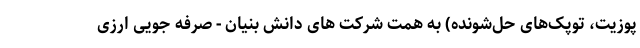
پوزیت، توپک‌های حل‌شونده) به همت شرکت های دانش بنیان - صرفه جویی ارزی